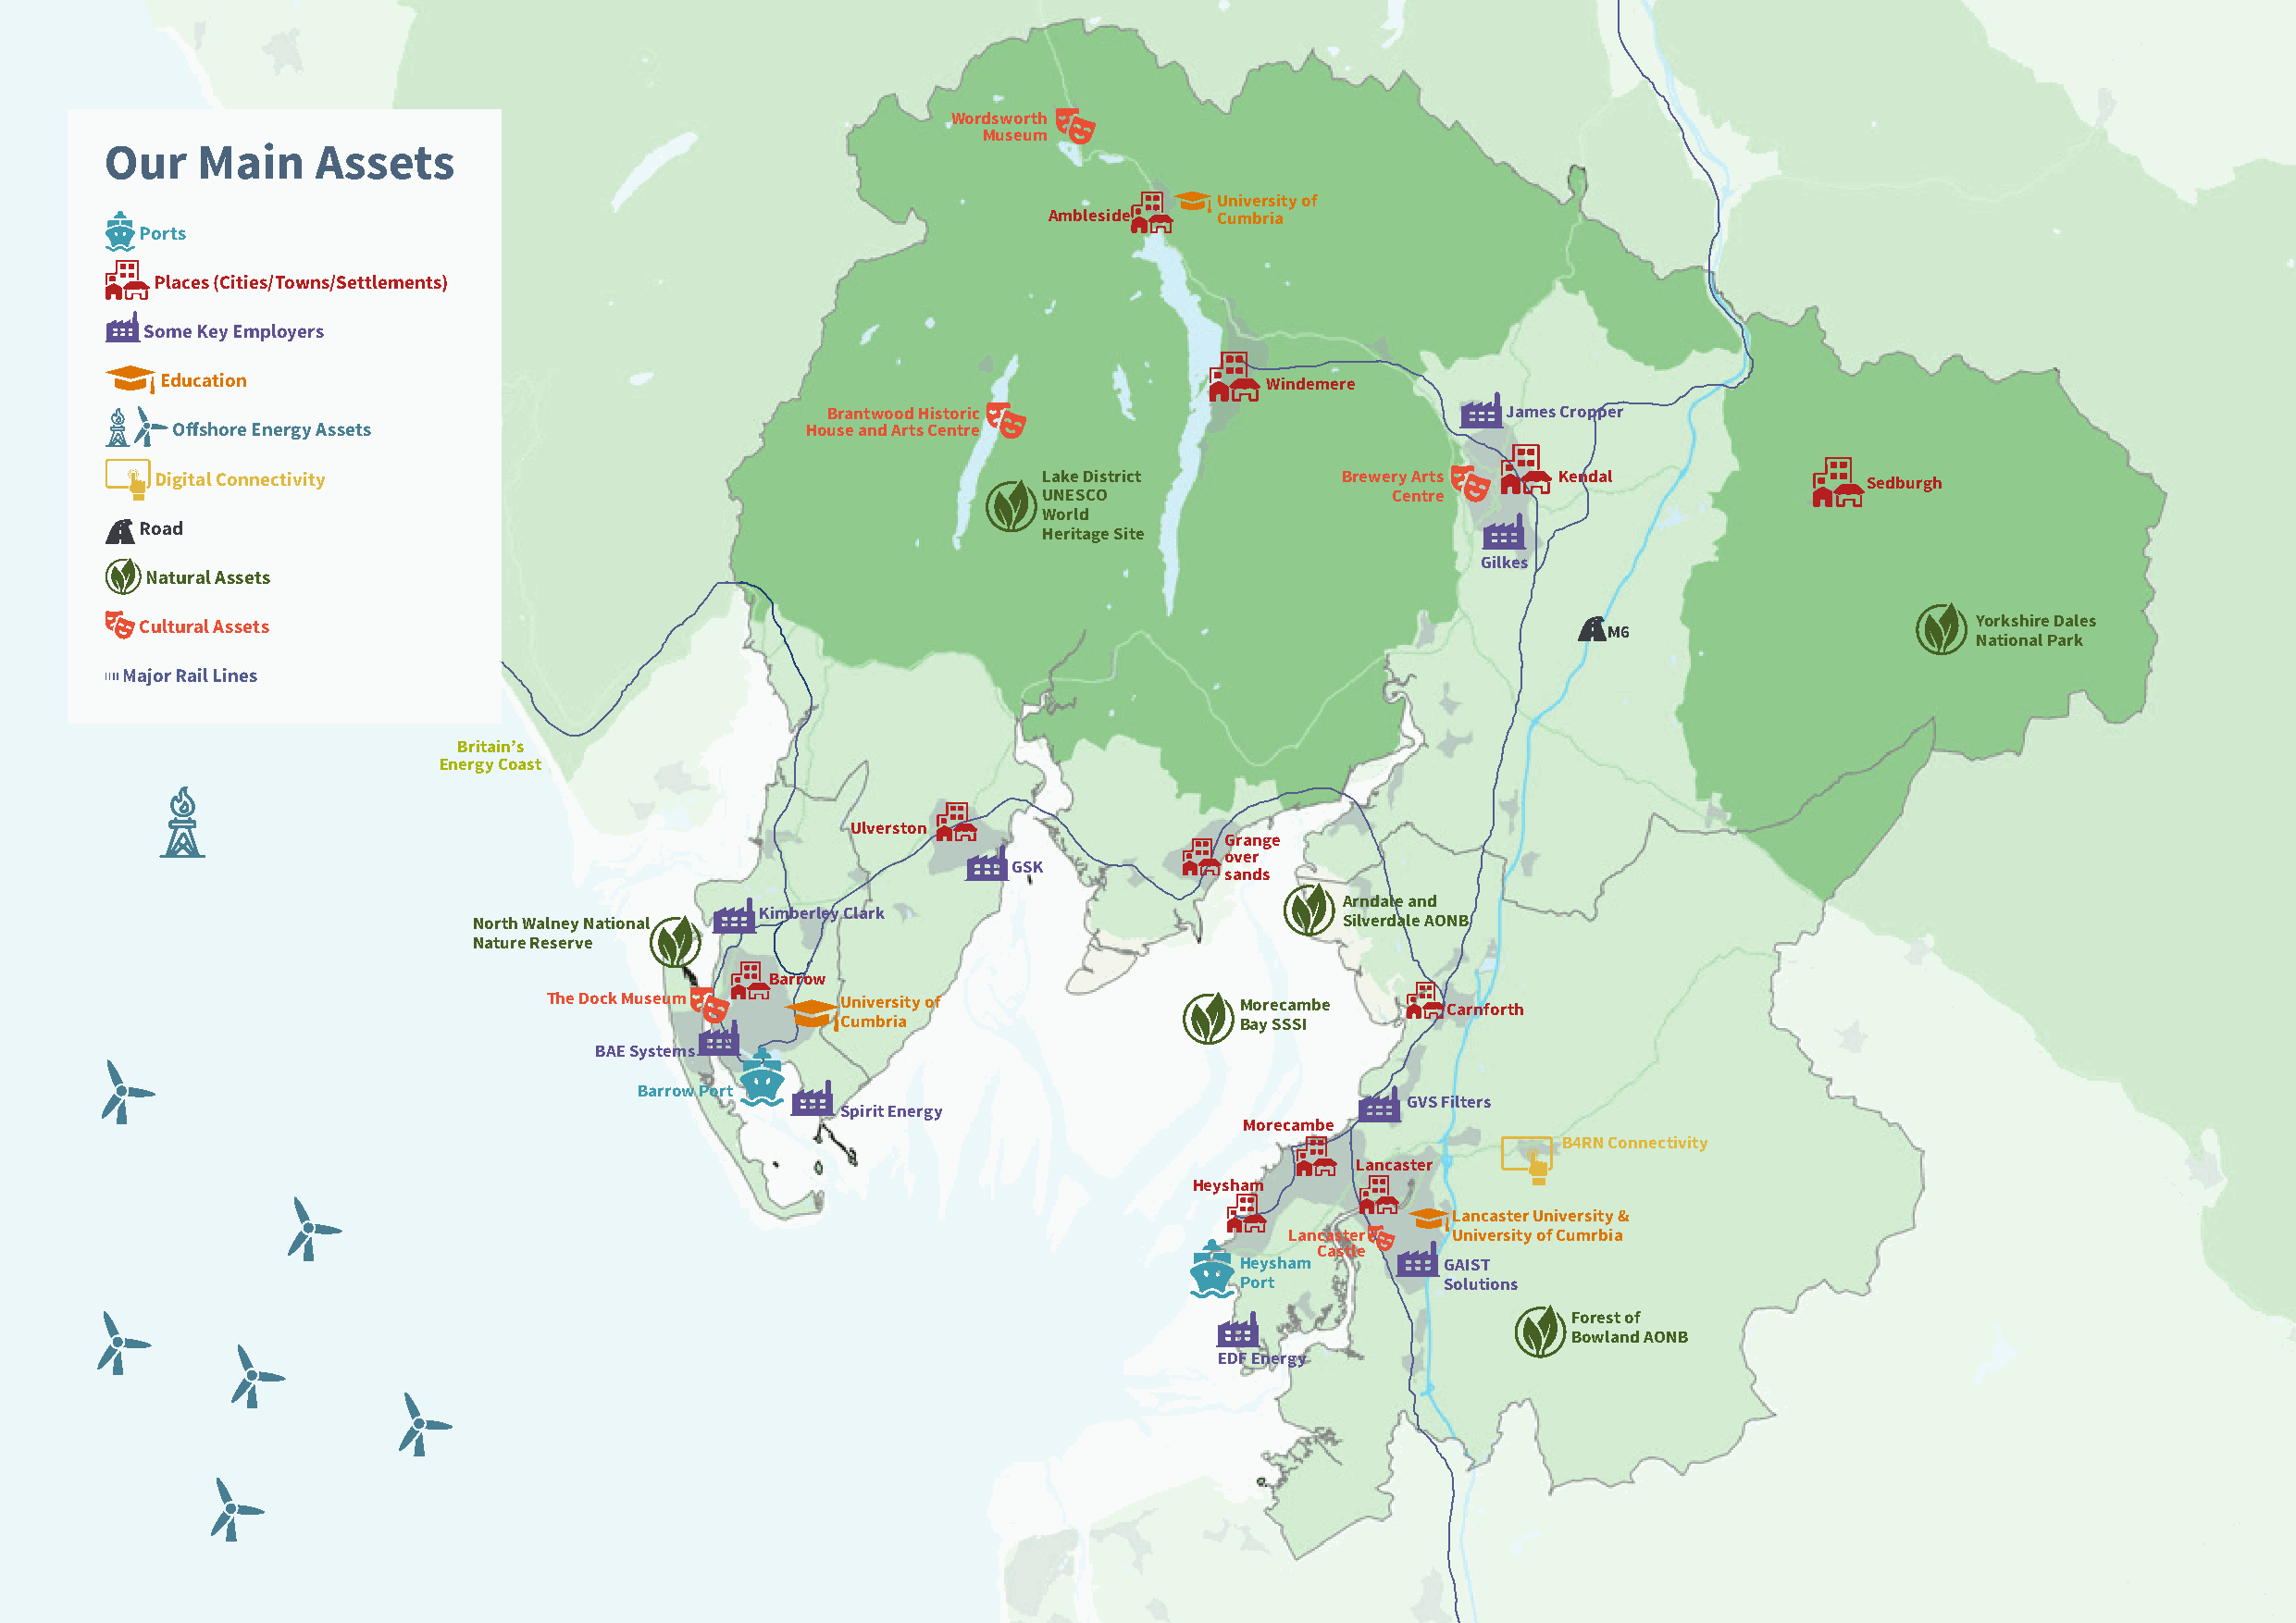
Wordsworth
 Museum
 Our    Main     Assets
 University of
 Ambleside   Cumbria
 Ports
 Places (Cities/Towns/Settlements)
 Some Key Employers
 Education                                                                       Windemere
 Brantwood Historic                               James Cropper
 Offshore Energy Assets                        House and Arts Centre
 Digital Connectivity                                            Lake District        Brewery Arts   Kendal                Sedburgh
 UNESCO                   Centre
 World
 Road
 Heritage Site
 Gilkes
 Natural Assets
 Cultural Assets                                                                                          M6                        Yorkshire Dales
 National Park
 Major Rail Lines
 Britain’s
 Energy Coast
 Ulverston
 Grange
 over
 GSK
 sands
 Arndale and
 Kimberley Clark
 North Walney National                                         Silverdale AONB
 Nature Reserve
 Barrow
 The Dock Museum      University of                Morecambe     Carnforth
 Cumbria                      Bay SSSI
 BAE Systems
 Barrow Port
 GVS Filters
 Spirit Energy
 Morecambe
 B4RN Connectivity
 Lancaster
 Heysham
 Lancaster University &
 Lancaster   University of Cumrbia
 Castle
 Heysham       GAIST
 Port          Solutions
 Forest of
 Bowland AONB
 EDF Energy